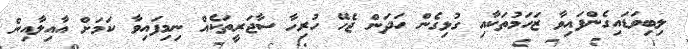
ލިބިވަޑައިގެންފައިވާ ޒަހަމުތަކާއި ގުޅިގެން ހަދަން ޖެހޭ ހުރިހާ ސާޖަރީތަކެއް ނިމިފައިވާ ކަމަށް އާއިލާއިން